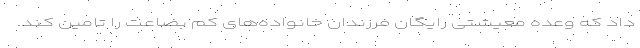
داد که وعده معیشتی رایگان فرزندان خانواده‌های کم بضاعت را تامین کند.